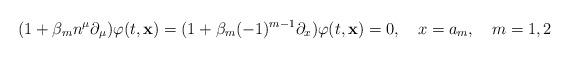
LaTeX: \begin{align*}(1+\beta _{m}n^{\mu }\partial _{\mu })\varphi (t,{\bf x})=(1+\beta_{m}(-1)^{m-1}\partial _{x})\varphi (t,{\bf x})=0,\quad x=a_{m},\quad m=1,2\end{align*}